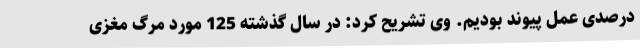
درصدی عمل پیوند بودیم. وی تشریح کرد: در سال گذشته 125 مورد مرگ مغزی